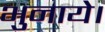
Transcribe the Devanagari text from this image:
भुनाये।